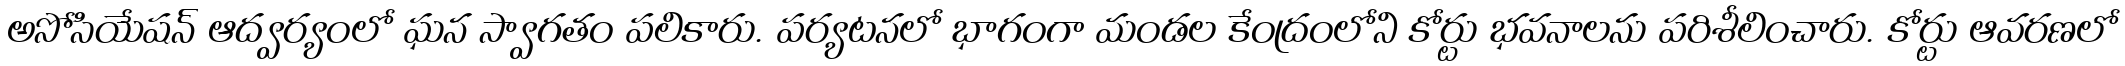
అసోసియేషన్ ఆద్వర్యంలో ఘన స్వాగతం పలికారు. పర్యటనలో భాగంగా మండల కేంద్రంలోని కోర్టు భవనాలను పరిశీలించారు. కోర్టు ఆవరణలో